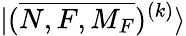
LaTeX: {|(\overline{{N,F,M_{F}}})^{(k)}\rangle}